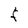
Character: F